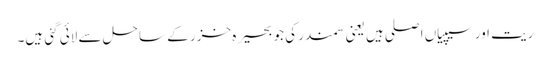
ریت اور سیپیاں اصلی ہیں یعنی سمندر کی جو بحیرہ خزر کے ساحل سے لائی گئی ہیں۔